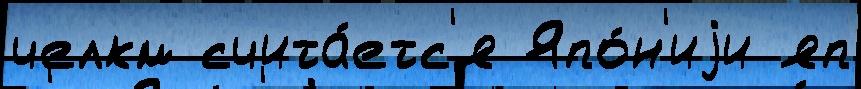
челкм счита́етс'я Япо́н'иjи яп